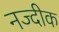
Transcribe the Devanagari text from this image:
नज्दीक